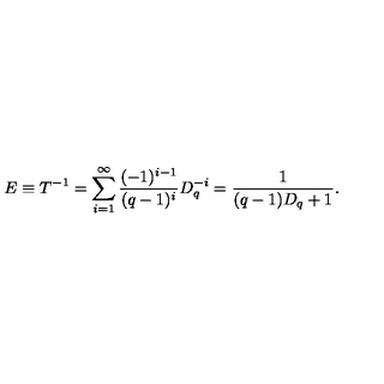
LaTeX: E \equiv T ^ { - 1 } = \sum _ { i = 1 } ^ { \infty } \frac { ( - 1 ) ^ { i - 1 } } { ( q - 1 ) ^ { i } } D _ { q } ^ { - i } = \frac 1 { ( q - 1 ) D _ { q } + 1 } .